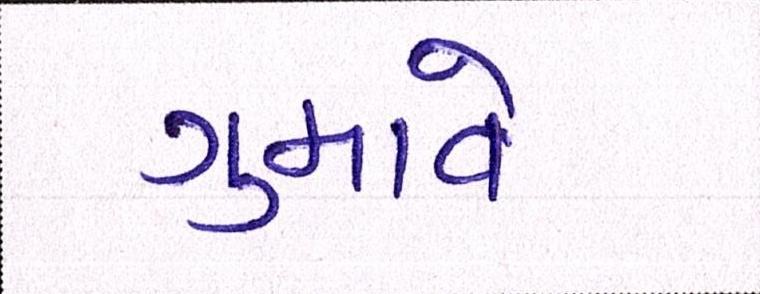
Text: ગુમાવે